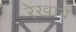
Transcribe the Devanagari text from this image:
रेखाये